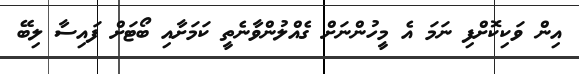
އިން ވަކިކޮށްފި ނަމަ އެ މީހުންނަށް ގެއްލުންވާނެތީ ކަމަށާއި ބޯޓަށް ފައިސާ ލިބޭ